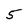
Character: 5